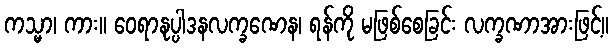
ကသ္မာ၊ ကား။ ဝေရာနုပ္ပါဒနလက္ခဏေန၊ ရန်ကို မဖြစ်စေခြင်း လက္ခဏာအားဖြင့်။